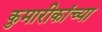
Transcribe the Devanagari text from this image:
कुमारीकांच्या